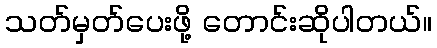
သတ်မှတ်ပေးဖို့ တောင်းဆိုပါတယ်။